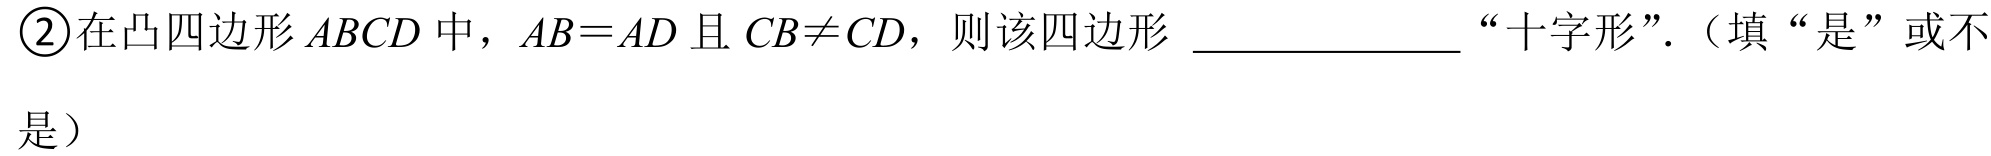
\textcircled{2}在凸四边形\(ABCD\)中，\(AB = AD\)且\(CB\neq CD\)，则该四边形 \_\_\_\_\_\_\_“十字形”.（填“是”或不
是）